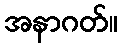
အနာဂတ်။